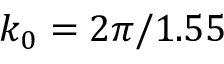
k _ { 0 } = 2 \pi / 1 . 5 5